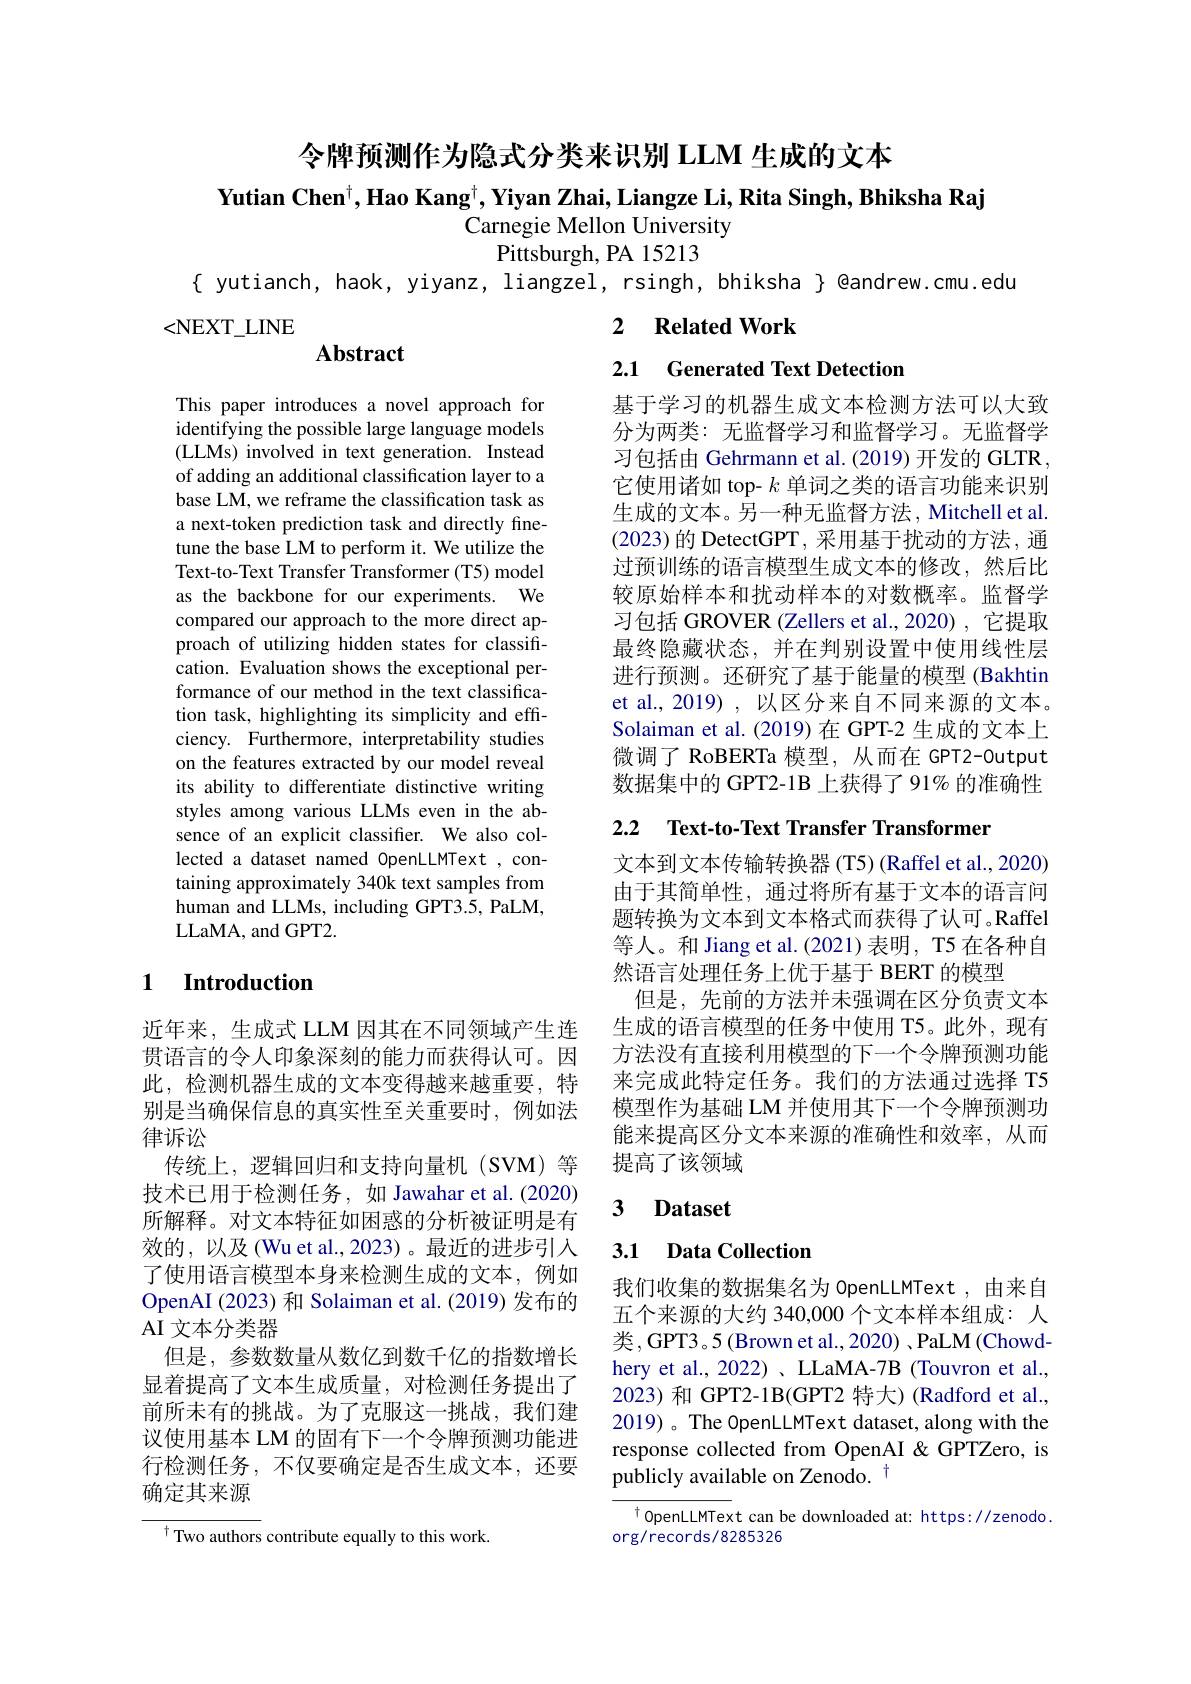
令牌预测作为隐式分类来识别 LLM 生成的文本
Yutian Chen$^\dagger , \textbf{Hao Kang}^\dagger , \textbf{Yiyan Zhai, Liangze Li, Rita Singh, Bhiksha Raj}$
Carnegie Mellon University
Pittsburgh, PA15213
{ yutianch, haok, yiyanz, liangzel, rsingh, bhiksha } @andrew.cmu.edu

2 $\textbf{Related Work}$

<NEXT\_LINE

2.1 Generated Text Detection

$\mathbf{Abstract}$

基于学习的机器生成文本检测方法可以大致分为两类：无监督学习和监督学习。无监督学习包括由 Gehrmann et al. (2019) 开发的 GLTR, 它使用诸如 top- $k$单词之类的语言功能来识别生成的文本。另一种无监督方法，Mitchell et al (2023)的 DetectGPT, 采用基于扰动的方法，通过预训练的语言模型生成文本的修改，然后比较原始样本和扰动样本的对数概率。监督学习包括 GROVER (Zellers et al.,2020) ,它提取最终隐藏状态，并在判别设置中使用线性层进行预测。还研究了基于能量的模型 (Bakhtin et al., 2019) , 以区分来自不同来源的文本。Solaiman et al. (2019) 在 GPT-2 生成的文本上微调了 RoBERTa 模型，从而在 GPT2-Output 数据集中的 GPT2-1B 上获得了 91% 的准确性

This paper introduces a novel approach for identifying the possible large language models (LLMs) involved in text generation. Instead of adding an additional classification layer to a base LM, we reframe the classification task as a next-token prediction task and directly finetune the base LM to perform it. We utilize the Text-to-Text Transfer Transformer (T5) model as the backbone for our experiments. We compared our approach to the more direct approach of utilizing hidden states for classification. Evaluation shows the exceptional performance of our method in the text classification task, highlighting its simplicity and efficiency. Furthermore, interpretability studies on the features extracted by our model reveal its ability to differentiate distinctive writing styles among various LLMs even in the absence of an explicit classifier. We also collected a dataset named OpenLLMText ,containing approximately 340k text samples from human and LLMs, including GPT3.5, PaLM, LLaMA, and GPT2.

2.2 Text-to-Text Transfer Transformer

# 1 Introduction

文本到文本传输转换器(T5)(Raffel et al., 2020) 由于其简单性，通过将所有基于文本的语言问题转换为文本到文本格式而获得了认可。Raffel 等人。和 Jiang et al.(2021) 表明，T5 在各种自然语言处理任务上优于基于 BERT 的模型
但是，先前的方法并未强调在区分负责文本生成的语言模型的任务中使用 T5。此外，现有方法没有直接利用模型的下一个令牌预测功能来完成此特定任务。我们的方法通过选择 T5模型作为基础 LM 并使用其下一个令牌预测功能来提高区分文本来源的准确性和效率，从而提高了该领域

### 3 $\textbf{Dataset}$

## 3.1 Data Collection

近年来，生成式 LLM 因其在不同领域产生连贯语言的令人印象深刻的能力而获得认可。因此，检测机器生成的文本变得越来越重要，特别是当确保信息的真实性至关重要时，例如法律诉讼
传统上，逻辑回归和支持向量机(SVM)等技术已用于检测任务，如 Jawahar et al.(2020) 所解释。对文本特征如困惑的分析被证明是有效的，以及(Wu et al.,2023)。最近的进步引入了使用语言模型本身来检测生成的文本，例如OpenAI (2023) 和 Solaiman et al. (2019) 发布的AI 文本分类器
但是，参数数量从数亿到数千亿的指数增长显着提高了文本生成质量，对检测任务提出了前所未有的挑战。为了克服这一挑战，我们建议使用基本 LM 的固有下一个令牌预测功能进行检测任务，不仅要确定是否生成文本，还要确定其来源

我们收集的数据集名为 OpenLLMText , 由来自五个来源的大约 340,000 个文本样本组成：人类，GPT3。5(Brown et al., 2020) ,PaLM (Chowdhery et al., 2022) 、LLaMA-7B (Touvron et al., 2023) 和 GPT2-1B(GPT2 特大) (Radford et al., 2019) 。The OpenLLMText dataset, along with the response collected from OpenAI&GPTZero, is publicly available on Zenodo. $^{\dagger}$

$^{\dagger}$OpenLLMText can be downloaded at: https://zenodo
org/records/8285326

$^{\dagger}$Two authors contribute equally to this work.